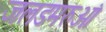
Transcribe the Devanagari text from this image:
जलडमरुओं